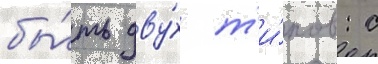
бы́ть дву́х т'и́пов: с